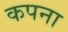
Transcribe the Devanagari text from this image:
कपना